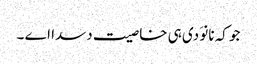
جو کہ نانوَ دی ہی خاصیت دسدا اے ۔